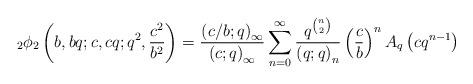
LaTeX: \begin{align*}_{2}\phi_{2}\left(b,bq;c,cq;q^{2},\frac{c^{2}}{b^{2}}\right)=\frac{\left(c/b;q\right)_{\infty}}{\left(c;q\right)_{\infty}}\sum_{n=0}^{\infty}\frac{q^{\binom{n}{2}}}{\left(q;q\right)_{n}}\left(\frac{c}{b}\right)^{n}A_{q}\left(cq^{n-1}\right)\end{align*}